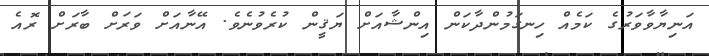
އަނިޔާވާވަރުގެ ކަމެއް ހިނގަމުންދާކަން އިންޝާއަށް ޔަޤީން ކުރެވުނެވެ. އޭނާއަށް ވަރަށް ބާރަށް ރޮއެ